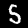
Label: 5